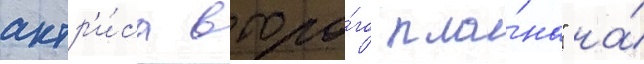
актр'и́са второ́го пла́на" на́